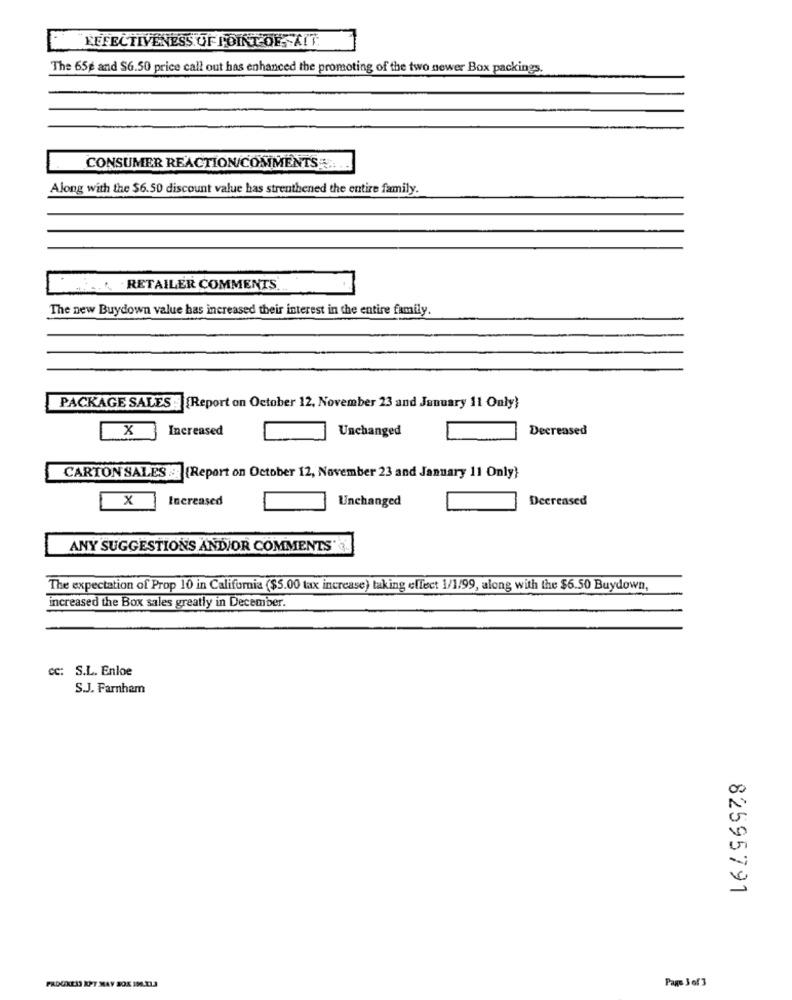
LEFECTIVENESS UF POINT-OF -AIT.
The 65g and $6.50 price call out has enhanced the promoting of the two newer Box packings.
CONSUMER REACTION/COMMENTS ...
Along with the $6.50 discount value has strenthened the entire family.
RETAILER COMMENTS
The new Buydown value has increased their interest in the entire family.
PACKAGE SALES : [Report on October 12, November 23 and January 11 Only)
x
Increased
Unchanged
Decreased
CARTON SALES :3 (Report on October 12, November 23 and January 11 Only)
x
Increased
Unchanged
Decreased
ANY SUGGESTIONS AND/OR COMMENTS' 3
The expectation of Prop 10 in California ($5.00 tax increase) taking effect 1/1/99, along with the $6.50 Buydown,
increased the Box sales greatly in December.
Cc: S.L. Enloe
S.J. Farnham
82595791
FRDUXEIS KPT MAY SOX 196.21.3
Page 3of 3